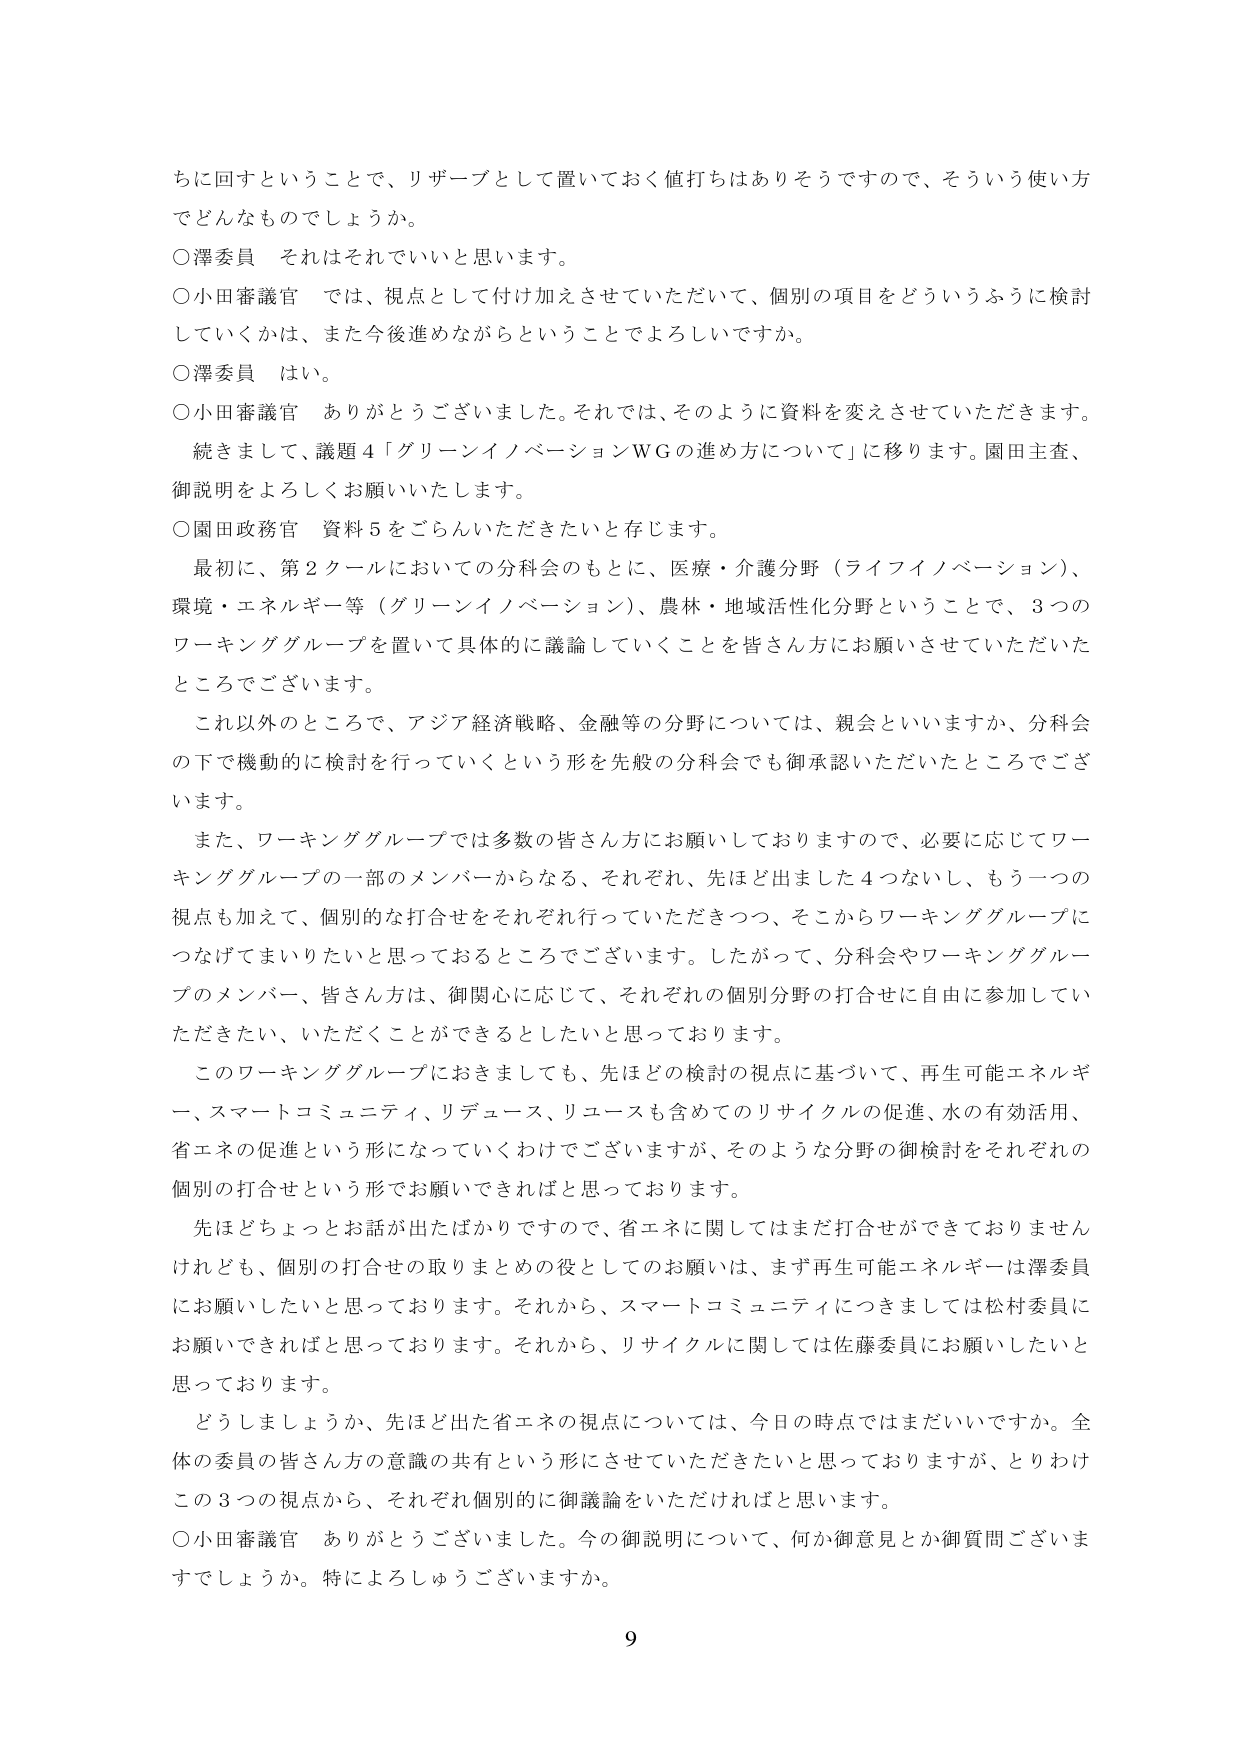
ちに回すということで、リザーブとして置いておく値打ちはありそうですので、そういう使い方でどんなものでしょうか。

○澤委員　それはそれでいいと思います。

○小田審議官　では、視点として付け加えさせていただいて、個別の項目をどういうふうに検討していくかは、また今後進めながらということでよろしいですか。

○澤委員　はい。

○小田審議官　ありがとうございました。それでは、そのように資料を変えていただきます。続きまして、議題４「グリーンイノベーションＷＧの進め方について」に移ります。園田主査、御説明をよろしくお願いいたします。

○園田政務官　資料５をごらんいただきたいと存じます。

　最初に、第２クールにおいての分科会のもとに、医療・介護分野（ライフイノベーション）、環境・エネルギー等（グリーンイノベーション）、農林・地域活性化分野ということで、３つのワーキンググループを置いて具体的に議論していくことを皆さん方にお願いさせていただいたところでございます。

　これ以外のところで、アジア経済戦略、金融等の分野については、親会といいますか、分科会の下で機動的に検討を行っていくという形を先般の分科会でも御承認いただいたところでございます。

　また、ワーキンググループでは多数の皆さん方にお願いしておりますので、必要に応じてワーキンググループの一部のメンバーからなる、それぞれ、先ほど出ました４つないし、もう一つの視点も加えて、個別的な打合せをそれぞれ行っていただきつつ、そこからワーキンググループにつなげてまいりたいと思っておるところでございます。したがって、分科会やワーキンググループのメンバー、皆さん方は、御関心に応じて、それぞれの個別分野の打合せに自由御参加していただきたく、いただくことができるとしたいと思っております。

　このワーキンググループにおきましても、先ほどの検討の視点に基づいて、再生可能エネルギー、スマートコミュニティ、リデュース、リユースも含めてのリサイクルの促進、水の有効活用、省エネの促進という形になっていくわけでございますが、そのような分野の御検討をそれぞれの個別の打合せという形でお願いできればと思っております。

　先ほどちょっとお話が出たばかりですので、省エネに関してはまだ打合せができておりませんけれども、個別の打合せの取りまとめの役としてのお願いは、まず再生可能エネルギーは澤委員にお願いしたいと思っております。それから、スマートコミュニティにつきましては松村委員にお願いできればと思っております。それから、リサイクルに関しては佐藤委員にお願いしたいと思っております。

　どうしましょうか、先ほど出た省エネの視点については、今日の時点ではまだいいですか。全体の委員の皆さん方の意識の共有という形にさせていただきたいと思っておりますが、とりわけこの３つの視点から、それぞれ個別的に御議論をいただければと思います。

○小田審議官　ありがとうございました。今の御説明について、何か御意見とか御質問ございますでしょうか。特によろしうございますか。

9